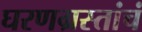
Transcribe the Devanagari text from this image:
घरणग्रस्तांचं